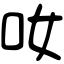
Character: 𠯆